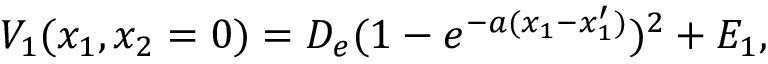
V _ { 1 } ( x _ { 1 } , x _ { 2 } = 0 ) = D _ { e } ( 1 - e ^ { - a ( x _ { 1 } - x _ { 1 } ^ { \prime } ) } ) ^ { 2 } + E _ { 1 } ,